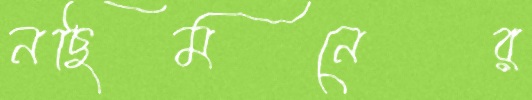
নছিমনের